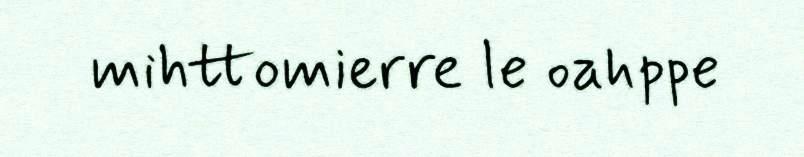
mihttomierre le oahppe